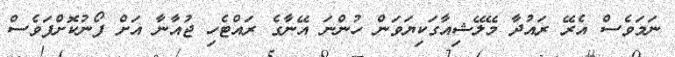
ނަމަވެސް އެރޭ ރައުދާ މޭލޭޝިއާގަކިޔަވަން ހުންނަ އޭނާގެ ރައްޓެހި ޖުއާނާ އަށް ފޯނުކޮށްފަވެސް